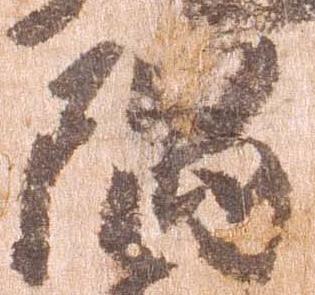
隅